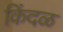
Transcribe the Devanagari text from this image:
किंदळ